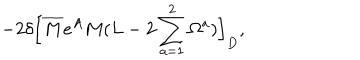
- 2 \delta \Bigl [ \overline { { M } } e ^ { A } M ( L - 2 \sum _ { a = 1 } ^ { 2 } { \Omega ^ { a } } ) \Bigr ] _ { D } ,